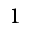
1